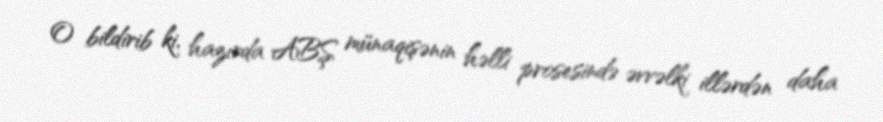
O bildirib ki, hazırda ABŞ münaqişənin həlli prosesində əvvəlki illərdən daha